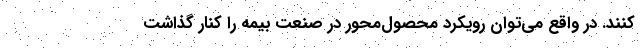
کنند. در واقع می‌توان رویکرد محصول‌محور در صنعت بیمه را کنار گذاشت